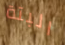
البتة